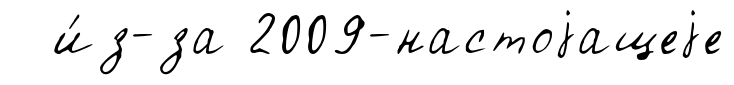
и́з-за 2009-настоjащеjе